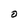
Character: O